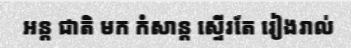
អន្ត ជាតិ មក កំសាន្ត ស្ទើរតែ រៀងរាល់